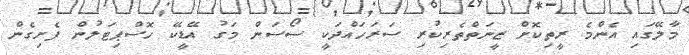
މާލޭގައި އެންމެ ރީތިކޮށް ޒީނަތްތެރިކުރި ސަރަހައްދަކީ ސޯސަން މަގު އޭޑީކޭ ހޮސްޕިޓަލުން ފެށިގެން